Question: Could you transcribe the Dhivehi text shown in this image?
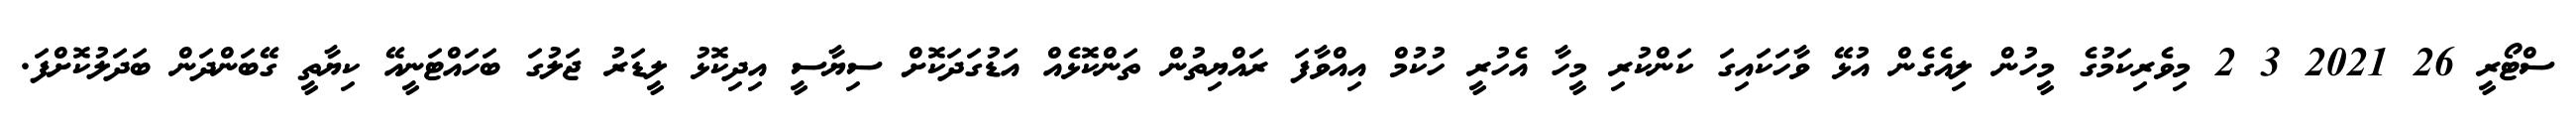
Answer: ސްޓޯރީ 26 2021 3 2 މިވެރިކަމުގެ މީހުން ލިއެގެން އުޅޭ ވާހަކައިގަ ކަންކުރި މީހާ އެހުރީ ހުކުމް އިއްވާފަ ރައްޔިތުން ތަންކޮޅެއް އަޑުގަދަކޮށް ސިޔާސީ އިދިކޮޅު ލީޑަރު ޖަލުގަ ބަހައްޓަނީއޭ ކިޔާތީ ގޭބަންދަން ބަދަލުކޮށްފަ.